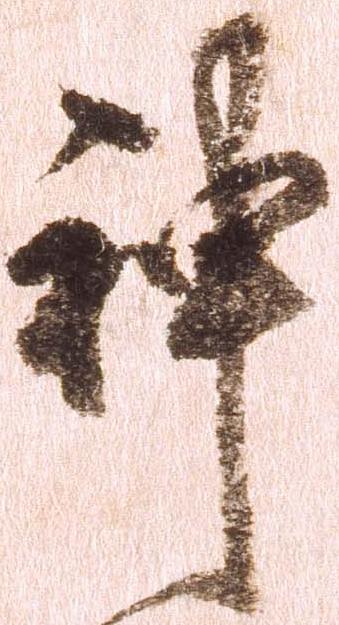
神